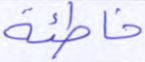
خاطئة